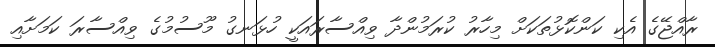
ރާއްޖޭގެ އެކި ކަންކޮޅުތަކަށް މިހާރު ކުރަމުންދާ ވިއްސާރައަކީ ހުޅަނގު މޫސުމުގެ ވިއްސާރަ ކަމަށާއި